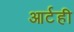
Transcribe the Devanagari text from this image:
आर्टही